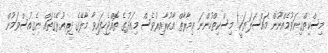
މިސްކިތްގިނަވުމެއްނޫން މައްސަލަޔަކީ! މިސްކިތްހުންނަ ޢިމާރާތް އާކުރާއިރުވެސް މިއަދުގެ ތޮއްޖެހިފައިވާ މާލޭގެ ދިރިއުޅޭގެތައް ނެގިއުސްވަމުން